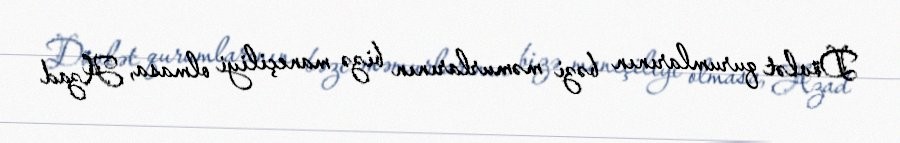
Dövlət qurumlarının bəzi məmurlarının bizə maneçiliyi olmasa, Azad